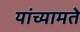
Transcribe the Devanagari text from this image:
यांच्यामते